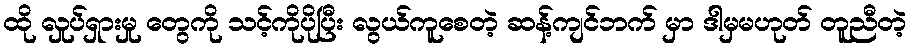
ထို လှုပ်ရှားမှု တွေကို သင့်ကိုပိုပြီး လွယ်ကူစေတဲ့ ဆန့်ကျင်ဘက် မှာ ဒါမှမဟုတ် တူညီတဲ့